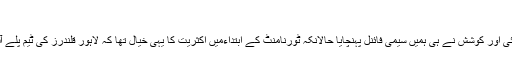
“
انہوں نے کہا کہ ”اس طرح کی حوصلہ افزائی اور کوشش نے ہی ہمیں سیمی فائنل پہنچایا حالانکہ ٹورنامنٹ کے ابتداءمیں اکثریت کا یہی خیال تھا کہ لاہور قلندرز کی ٹیم پلے آف مرحلے میں پہنچنے کی اہل ہی نہیں ہے۔